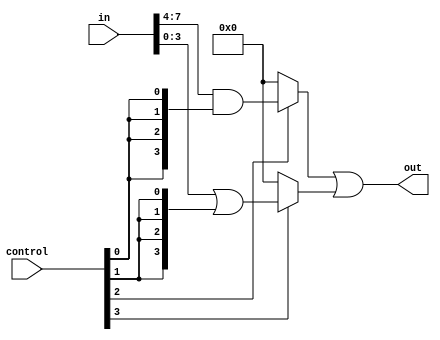
module AdjacencyGroups #(
    parameter N = 8, // Number of input signals
    parameter M = 4  // Number of output signals
)(
    input wire [N-1:0] in,            // Input signals
    input wire [M-1:0] control,        // Control signals for group selection
    output wire [M-1:0] out            // Output signals
);

// Internal signals for adjacency groups
wire [N/2-1:0] group1; // Group 1
wire [N/2-1:0] group2; // Group 2

// Grouping logic (example: split inputs into two groups)
assign group1 = in[N-1:N/2]; // Upper half of inputs
assign group2 = in[N/2-1:0];  // Lower half of inputs

// Logic operations for each group
wire [N/2-1:0] group1_out; // Outputs from group 1
wire [N/2-1:0] group2_out; // Outputs from group 2

// Example logic operations for group 1 (AND operation)
assign group1_out = group1 & {N/2{control[0]}}; // AND with control signal

// Example logic operations for group 2 (OR operation)
assign group2_out = group2 | {N/2{control[1]}}; // OR with control signal

// Combine outputs based on control signals
assign out = (control[2] ? group1_out : 0) | (control[3] ? group2_out : 0);

// Additional logic can be added for more groups or operations

endmodule